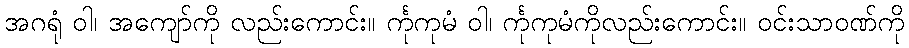
အဂရုံ ဝါ၊ အကျော်ကို လည်းကောင်း။ င်္ကုကုမံ ဝါ၊ င်္ကုကုမံကိုလည်းကောင်း။ ဝင်းသာဝဏ်ကို